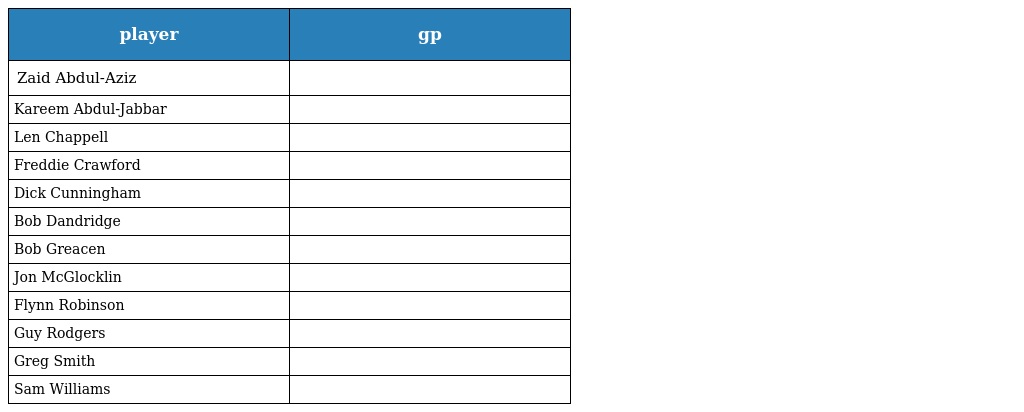
| player | gp |
 | --- | --- |
 | Zaid Abdul-Aziz |  |
 | Kareem Abdul-Jabbar |  |
 | Len Chappell |  |
 | Freddie Crawford |  |
 | Dick Cunningham |  |
 | Bob Dandridge |  |
 | Bob Greacen |  |
 | Jon McGlocklin |  |
 | Flynn Robinson |  |
 | Guy Rodgers |  |
 | Greg Smith |  |
 | Sam Williams |  |